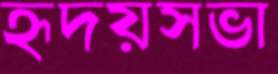
হৃদয়সভা